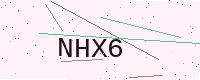
Text: NHX6